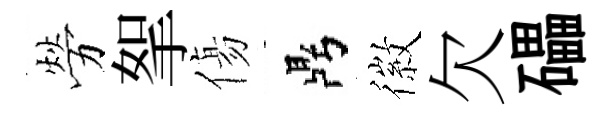
勞挐傷鼎徽欠礧